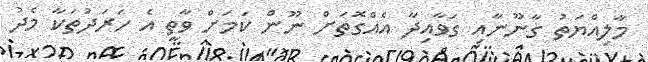
މާލިއްޔަތު ގާނޫނާއި ގަވާއިދާ އެއްގޮތަށް ނޫން ކަމަށް ވާތީ އެ ހަރަދުތަކާ މެދު